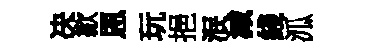
决歙恩玩挹泯減綫泒